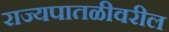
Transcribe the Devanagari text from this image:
राज्यपातळीवरील